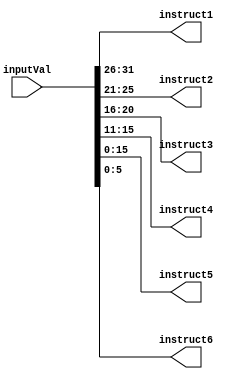
module instructmem(
  input wire  [31:0]  inputVal,
  output wire [31:26] instruct1,
  output wire [25:21] instruct2,
  output wire [20:16] instruct3,
  output wire [15:11] instruct4,
  output wire [15:0]  instruct5,
  output wire [5:0]   instruct6);
  //instruction mememory, takes register input(program instruction)
  //and splits it up 6 parts

  //registers to hold wire data
  reg [5:0]  inInstruct1;
  reg [4:0]  inInstruct2;
  reg [4:0]  inInstruct3;
  reg [4:0]  inInstruct4;
  reg [15:0] inInstruct5;
  reg [5:0]  inInstruct6;
  //always sets inputval bits to their internal regs
  always
  begin
  #1
  inInstruct1 = inputVal[31:26];
  inInstruct2 = inputVal[25:21];
  inInstruct3 = inputVal[20:16];
  inInstruct4 = inputVal[15:11];
  inInstruct5 = inputVal[15:0];
  inInstruct6 = inputVal[5:0];
  end
  //set wires to internal registers
  assign  instruct1 = inInstruct1;
  assign  instruct2 = inInstruct2;
  assign  instruct3 = inInstruct3;
  assign  instruct4 = inInstruct4;
  assign  instruct5 = inInstruct5;
  assign  instruct6 = inInstruct6;

  endmodule